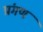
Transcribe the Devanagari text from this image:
प्रंगण